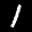
Label: 1